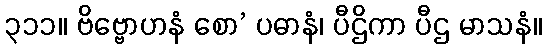
၃၁၁။ ဗိဗ္ဗောဟနံ စော’ ပဓာနံ၊ ပီဌိကာ ပီဌ မာသနံ။